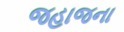
જહાજના